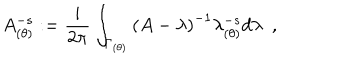
A _ { ( \theta ) } ^ { - s } : = { \frac { i } { 2 \pi } } \int _ { \Gamma _ { ( \theta ) } } \left( A - \lambda \right) ^ { - 1 } \lambda _ { ( \theta ) } ^ { - s } d \lambda \, \, \, ,